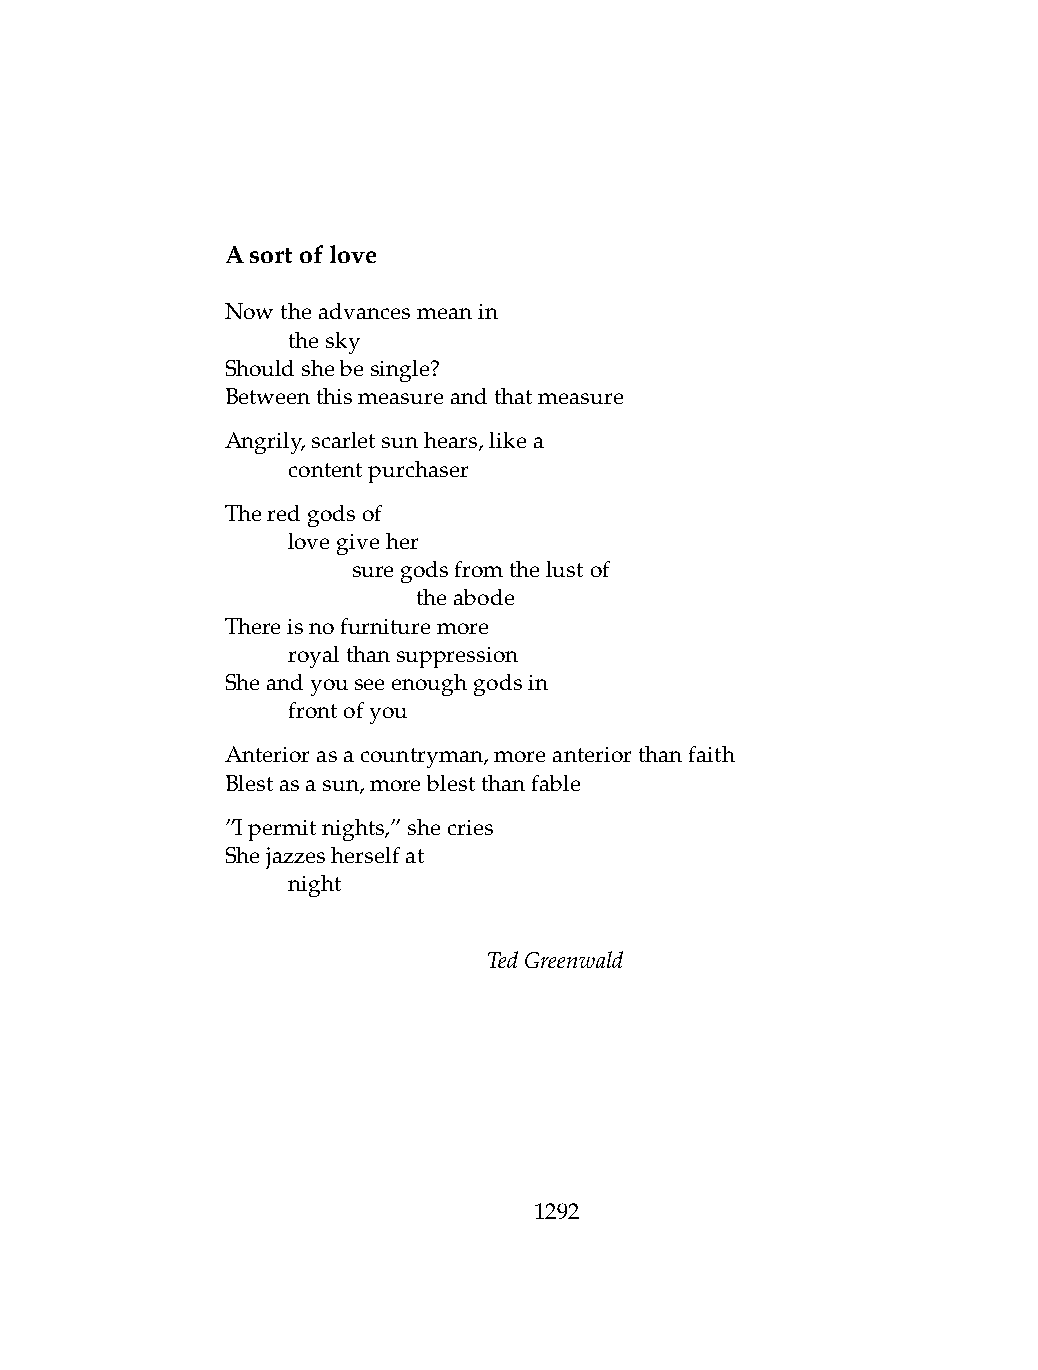
Asortoflove
 Nowtheadvancesmeanin
 .   thesky
 Shouldshebesingle?
 Betweenthismeasureandthatmeasure
 Angrily,scarletsunhears,likea
 .   contentpurchaser
 Theredgodsof
 .   lovegiveher
 .   .   suregodsfromthelustof
 .   .   .    theabode
 Thereisnofurnituremore
 .   royalthansuppression
 Sheandyouseeenoughgodsin
 .   frontofyou
 Anteriorasacountryman,moreanteriorthanfaith
 Blestasasun,moreblestthanfable
 ”Ipermitnights,”shecries
 Shejazzesherselfat
 .   night
 TedGreenwald
 1292